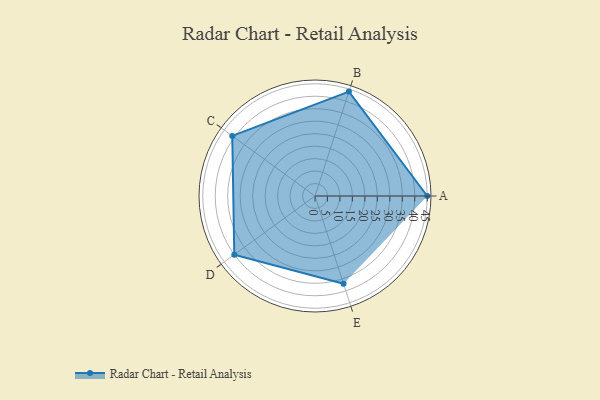
{"axis": {"x": "Skill", "y": "Score"}, "legend": ["Profile"], "data": [{"x": "A", "y": 45.0, "type": "Profile"}, {"x": "B", "y": 44.0, "type": "Profile"}, {"x": "C", "y": 41.0, "type": "Profile"}, {"x": "D", "y": 40.0, "type": "Profile"}, {"x": "E", "y": 37.0, "type": "Profile"}]}